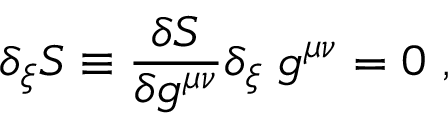
\delta _ { \xi } S \equiv { \frac { \delta S } { \delta g ^ { \mu \nu } } } \delta _ { \xi } \; g ^ { \mu \nu } = 0 \ ,